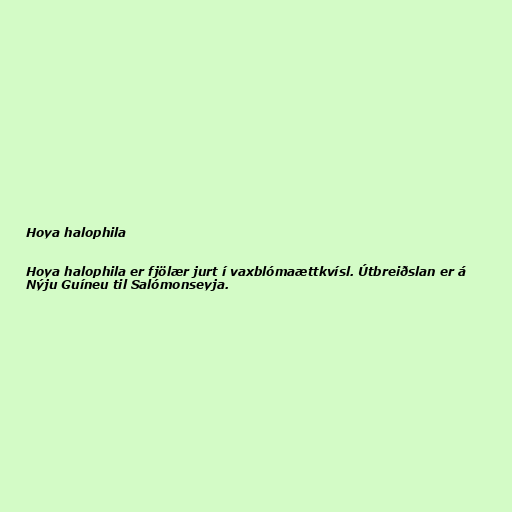
Hoya halophila

Hoya halophila er fjölær jurt í vaxblómaættkvísl. Útbreiðslan er á
Nýju Guíneu til Salómonseyja.